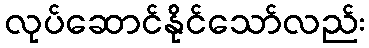
လုပ်ဆောင်နိုင်သော်လည်း